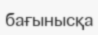
бағынысқа